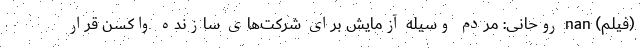
(فیلم) nan روحانی: مردم وسیله آزمایش برای شرکت‌های سازنده واکسن قرار